Report on the working of the mental hospitals for Indians in Bihar and Orissa - 1925-1929
Year: 1925
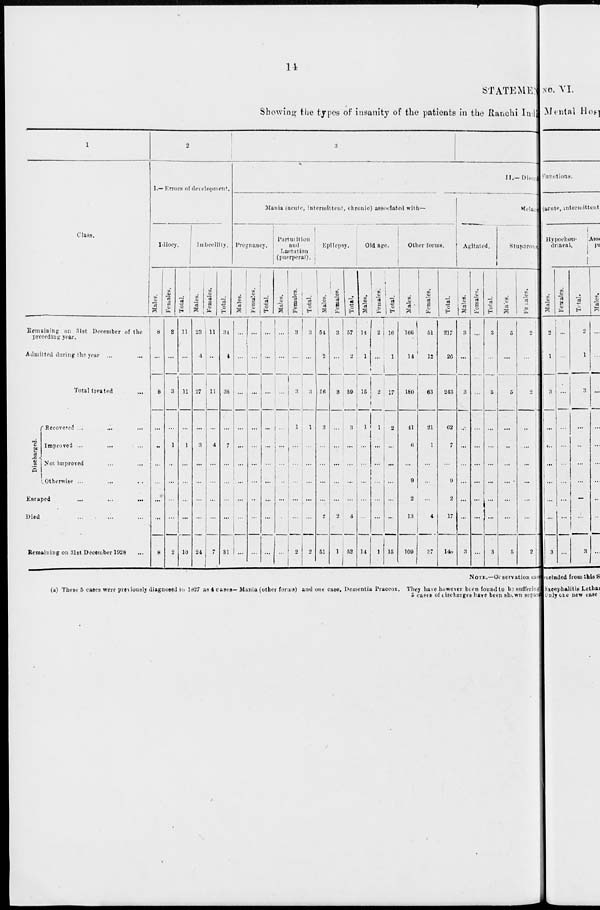
14
STATEMENT
Showing the types of insanity of the patients in the Ranchi Indian
1
Class.
Remaining on 31st December of the
preceding year.
Admitted during the year ...
...
Total treated ...
Discharged.
Recovered ... ... ...
Improved ... ... ...
Not improved ... ... ...
Otherwise ... ... ...
Escaped ... ... ...
Died ... ... ...
Remaining on 31st December 1928 ...
2
I.— Errors of development.
Idiocy.
Males.
8
...
8
...
...
...
...
...
...
8
Females.
3
...
3
...
1
...
...
...
2
Total.
11
...
11
...
1
...
...
...
10
Imbecility.
Males.
23
4
27
...
3
...
...
...
24
Females.
11
...
11
...
4
...
...
...
...
7
Total.
34
4
38
...
7
...
...
31
3
II.-Diseases.
Mania (acut e, i n t e r mi t t e n t , chr oni c) a s s oc i a t e d wi t h—, intermittent, chronic) associated with—
Pregnancy.
Males.
...
...
...
...
...
...
...
...
...
...
Females.
...
...
...
...
...
...
...
...
...
...
Total.
...
...
...
...
...
...
...
...
...
...
Parturition
and
Lactation
(puerperal).
Males.
...
...
...
...
...
...
...
...
...
...
Females.
3
...
3
1
...
...
...
...
...
2
Total.
3
...
3
1
...
...
...
...
...
2
Epilepsy.
Males.
54
2
56
3
...
...
...
...
2
51
Females.
3
...
3
...
...
...
...
...
2
1
Total.
57
2
59
3
...
...
...
...
4
52
Old age.
Males.
14
1
15
1
...
...
...
...
...
14
Females.
2
...
2
1
...
...
...
...
...
1
Total.
16
1
17
2
...
...
...
...
...
15
Other forms.
Males.
166
14
180
41
6
...
9
2
13
109
Females.
51
12
63
21
1
...
...
...
4
37
Total.
217
26
243
62
7
...
9
2
17
146
Melan-
Agitated.
Males.
3
...
3
...
...
...
...
...
...
3
Females.
...
...
...
...
...
...
...
...
...
...
Total.
3
...
3
...
...
...
...
...
...
3
Stuporous.
Males.
5
...
5
...
...
...
...
...
...
5
Females.
2
2
..
...
...
...
...
...
2
NOTE.—Observation case
(a) These 5 cases were previously diagnosed in 1927 as 4 cases- Mania (other forms) and one case. Dementia Praecox. They have however been found to be suffering
5 cases of discharges have been shown separated.